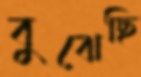
বুঝেছি